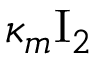
\kappa _ { m } \ensuremath { \mathrm { I } _ { 2 } }